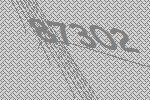
87302